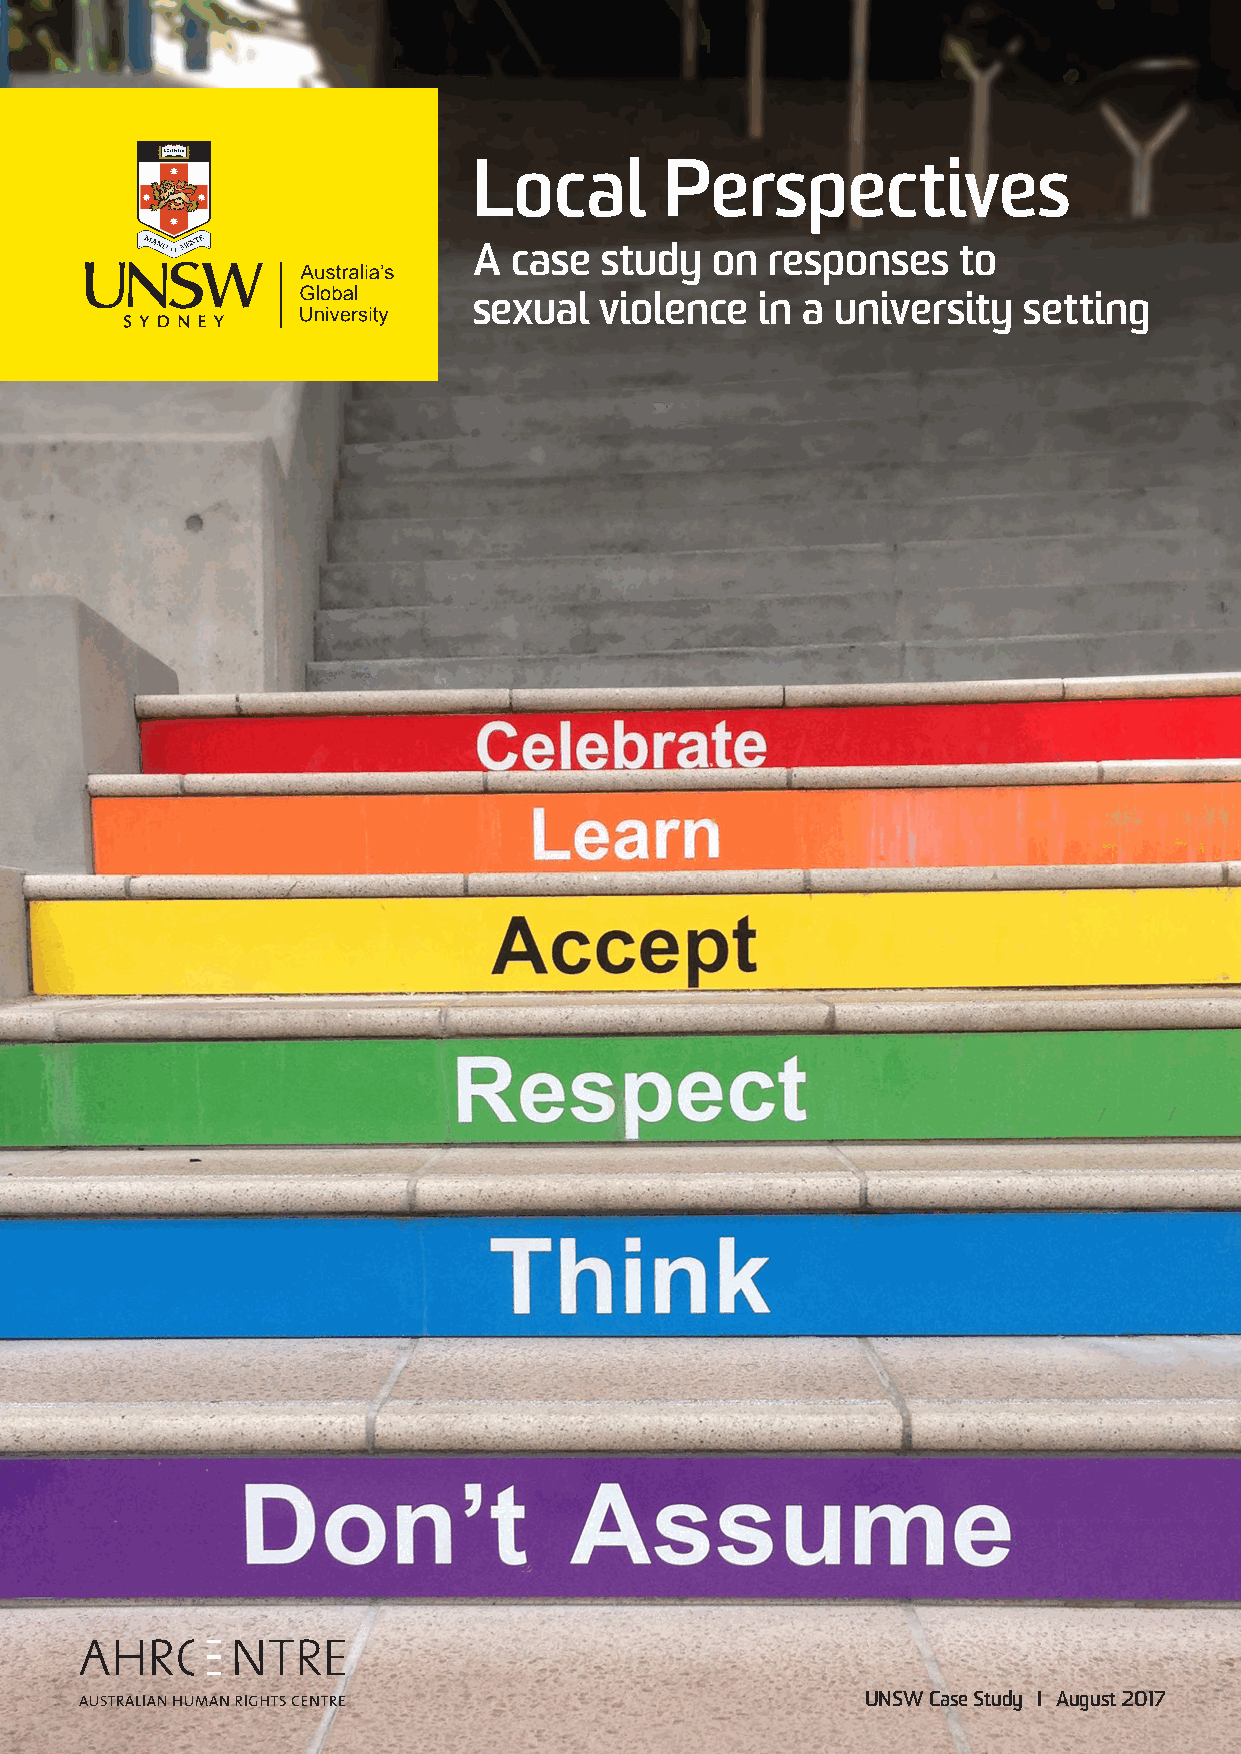
Local        Perspectives
 A  case  study  on  responses   to
 sexual   violence  in a university   setting
 UNSW Case Study I August 2017